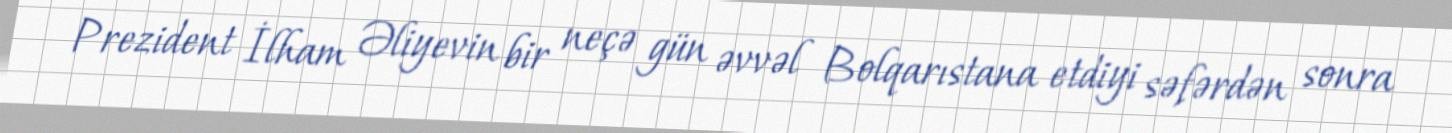
Prezident İlham Əliyevin bir neçə gün əvvəl Bolqarıstana etdiyi səfərdən sonra